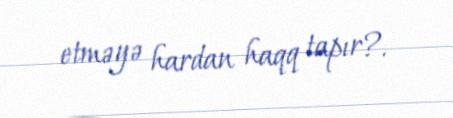
etməyə hardan haqq tapır?.